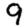
Digit: 9